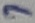
Text: 7